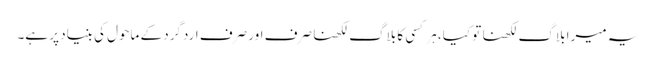
یہ میرا بلاگ لکھنا تو کیا، ہر کسی کا بلاگ لکھنا صرف اور صرف اردگرد کے ماحول کی بنیاد پر ہے۔